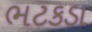
ભટકડા